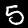
Label: 5